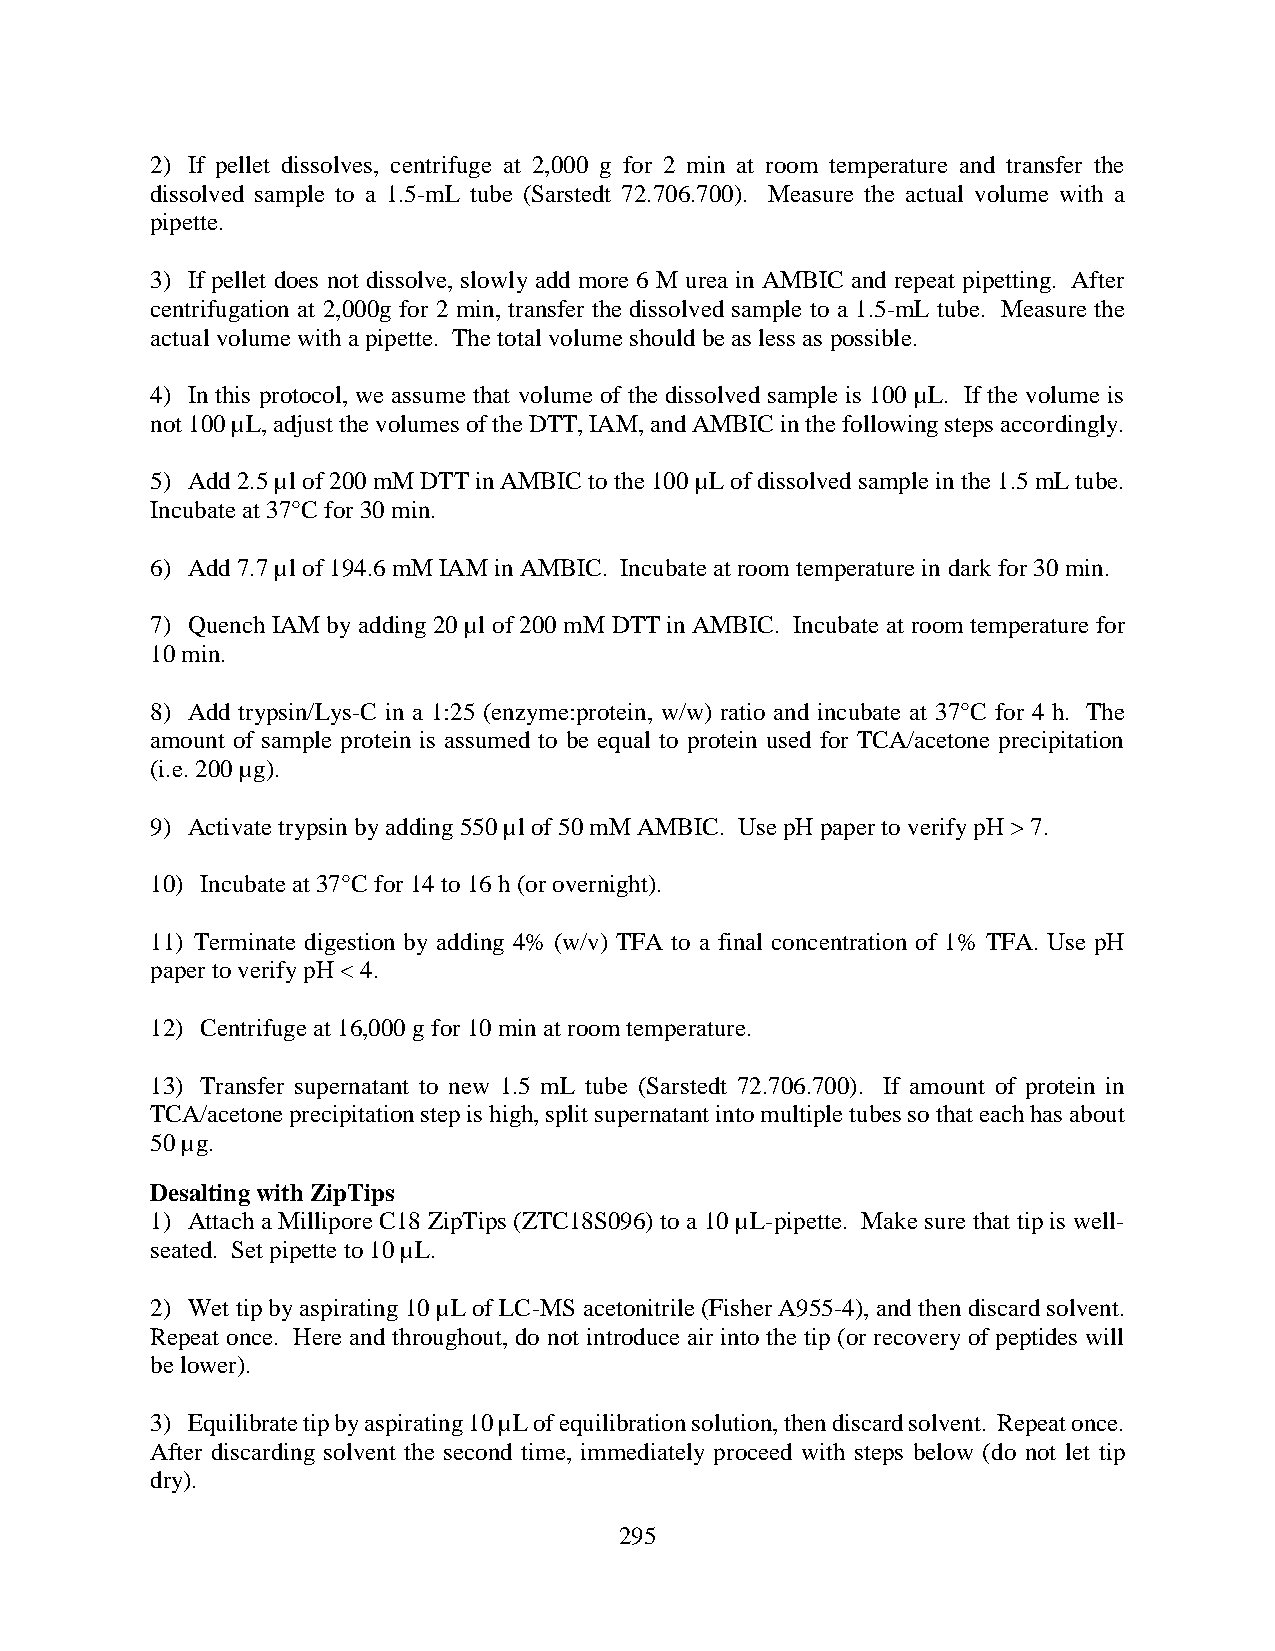
2) If pellet dissolves, centrifuge at 2,000 g for 2 min at room temperature and transfer the
 dissolved sample to a 1.5-mL tube (Sarstedt 72.706.700). Measure the actual volume with a
 pipette.
 3) If pellet does not dissolve, slowly add more 6 M urea in AMBIC and repeat pipetting. After
 centrifugation at 2,000g for 2 min, transfer the dissolved sample to a 1.5-mL tube. Measure the
 actual volume with a pipette. The total volume should be as less as possible.
 4) In this protocol, we assume that volume of the dissolved sample is 100 µL. If the volume is
 not 100 µL, adjust the volumes of the DTT, IAM, and AMBIC in the following steps accordingly.
 5) Add 2.5 µl of 200 mM DTT in AMBIC to the 100 µL of dissolved sample in the 1.5 mL tube.
 Incubate at 37°C for 30 min.
 6) Add 7.7 µl of 194.6 mM IAM in AMBIC. Incubate at room temperature in dark for 30 min.
 7) Quench IAM by adding 20 µl of 200 mM DTT in AMBIC. Incubate at room temperature for
 10 min.
 8) Add trypsin/Lys-C in a 1:25 (enzyme:protein, w/w) ratio and incubate at 37°C for 4 h. The
 amount of sample protein is assumed to be equal to protein used for TCA/acetone precipitation
 (i.e. 200 µg).
 9) Activate trypsin by adding 550 µl of 50 mM AMBIC. Use pH paper to verify pH > 7.
 10) Incubate at 37°C for 14 to 16 h (or overnight).
 11) Terminate digestion by adding 4% (w/v) TFA to a final concentration of 1% TFA. Use pH
 paper to verify pH < 4.
 12) Centrifuge at 16,000 g for 10 min at room temperature.
 13) Transfer supernatant to new 1.5 mL tube (Sarstedt 72.706.700). If amount of protein in
 TCA/acetone precipitation step is high, split supernatant into multiple tubes so that each has about
 50 µg.
 Desalting with ZipTips
 1) Attach a Millipore C18 ZipTips (ZTC18S096) to a 10 µL-pipette. Make sure that tip is well-
 seated. Set pipette to 10 µL.
 2) Wet tip by aspirating 10 µL of LC-MS acetonitrile (Fisher A955-4), and then discard solvent.
 Repeat once. Here and throughout, do not introduce air into the tip (or recovery of peptides will
 be lower).
 3) Equilibrate tip by aspirating 10 µL of equilibration solution, then discard solvent. Repeat once.
 After discarding solvent the second time, immediately proceed with steps below (do not let tip
 dry).
 295